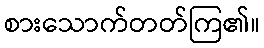
စားသောက်တတ်ကြ၏။